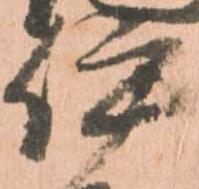
伊